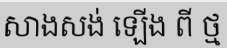
សាងសង់ ឡើង ពី ថ្ម